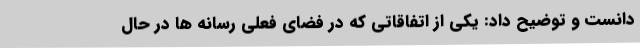
دانست و توضیح داد: یکی از اتفاقاتی که در فضای فعلی رسانه ها در حال